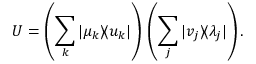
U = \left( \sum _ { k } | \mu _ { k } \rangle \! \langle u _ { k } | \right) \, \left( \sum _ { j } | v _ { j } \rangle \! \langle \lambda _ { j } | \right) .